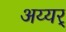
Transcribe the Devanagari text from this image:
अय्यर्